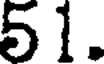
51.